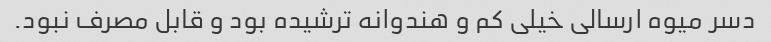
دسر میوه ارسالی خیلی کم و هندوانه ترشیده بود و قابل مصرف نبود.